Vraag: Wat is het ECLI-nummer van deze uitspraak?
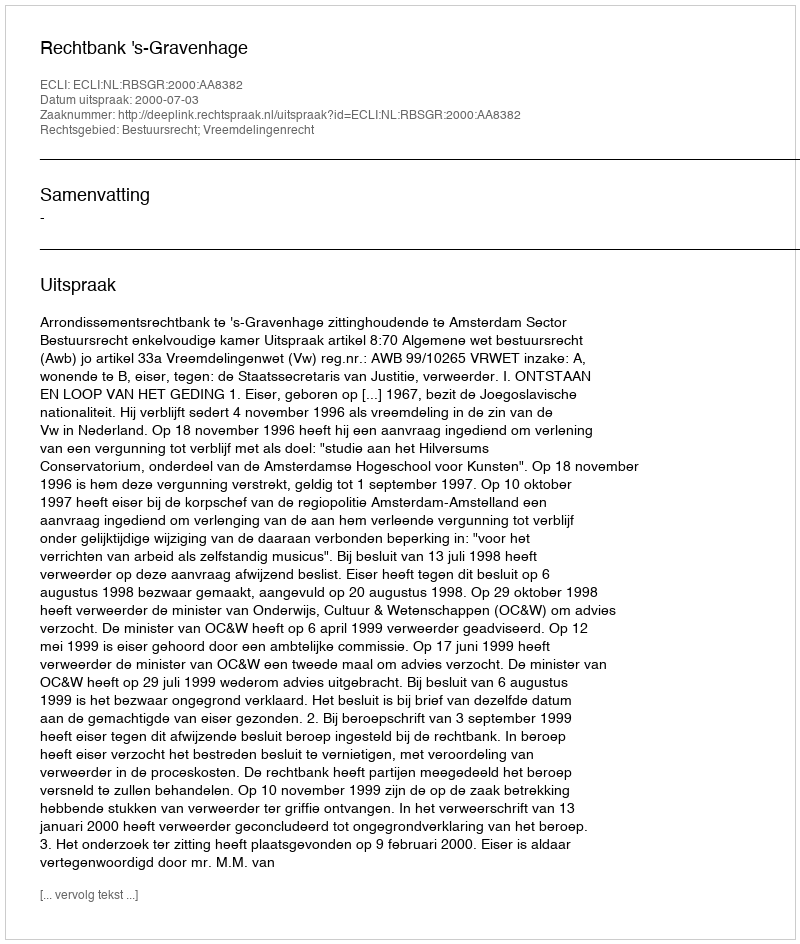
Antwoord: ECLI:NL:RBSGR:2000:AA8382